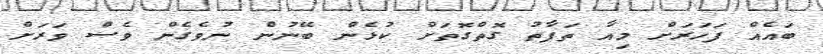
ބައެއް ފަހަރަށް މިއާ ތަފާތު ގޮތްގޮތަށް ކުޅެން ބޭނުން ނުވެގެން ވެސް ވަރަށް